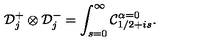
{ \cal D } _ { j } ^ { + } \otimes { \cal D } _ { j } ^ { - } = \int _ { s = 0 } ^ { \infty } { \cal C } _ { 1 / 2 + i s } ^ { \alpha = 0 } .